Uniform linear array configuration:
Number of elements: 16
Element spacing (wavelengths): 0.75
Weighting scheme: hamming
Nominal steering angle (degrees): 60
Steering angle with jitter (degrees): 58.094
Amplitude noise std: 0.05
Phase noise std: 0.05

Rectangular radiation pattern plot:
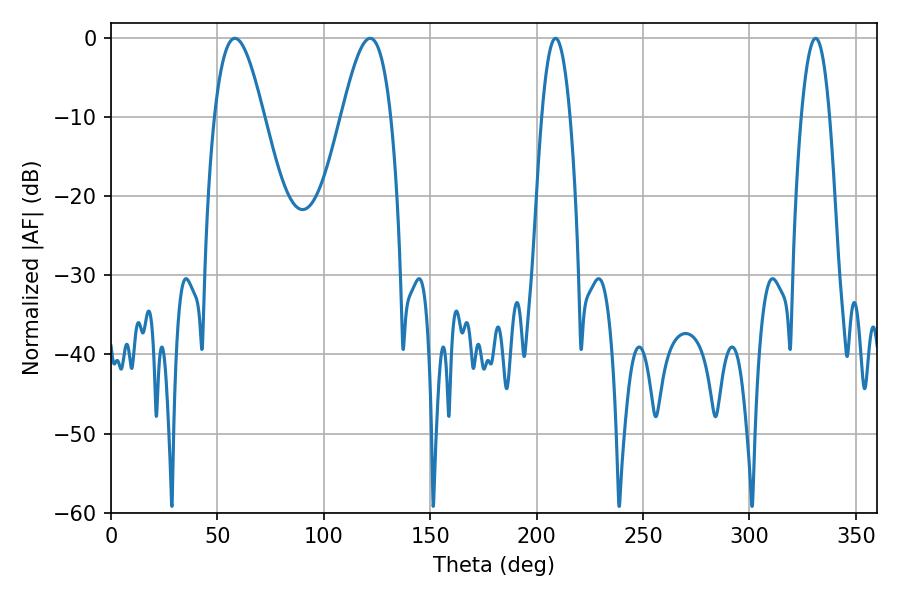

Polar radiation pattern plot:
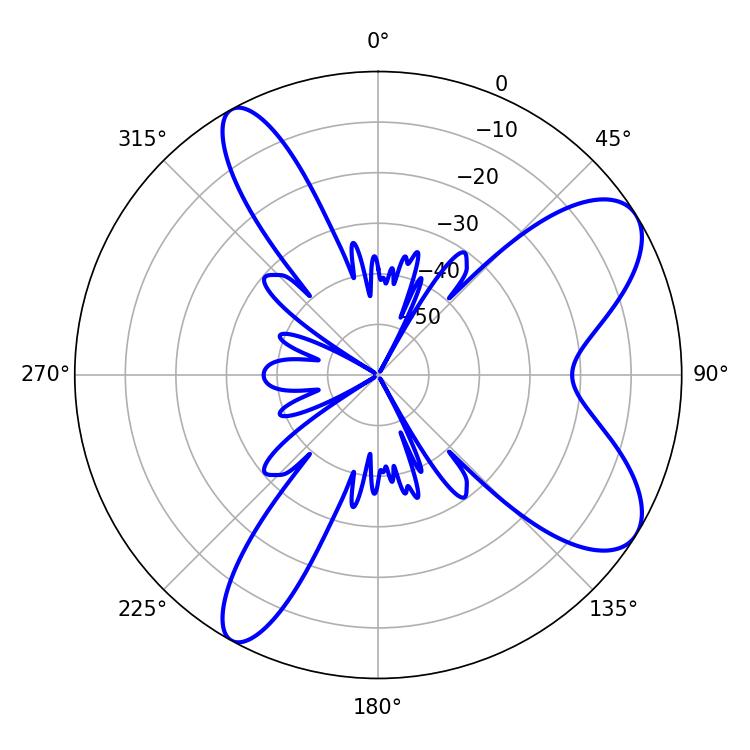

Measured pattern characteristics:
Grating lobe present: TRUE
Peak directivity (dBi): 8.53
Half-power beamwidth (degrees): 12.6
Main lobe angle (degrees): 58.14